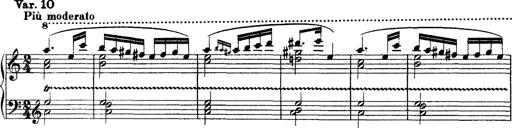
Title: Grandes Ã©tudes de Paganini
Composer: Franz Liszt